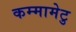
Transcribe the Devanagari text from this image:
कम्‍मामेटु